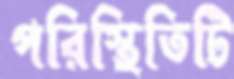
পরিস্থিতিটি